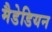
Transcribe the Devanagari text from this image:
मैडेडियन